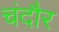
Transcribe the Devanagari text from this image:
चंदौर